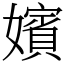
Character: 嬪